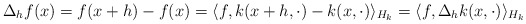
\begin{align*}\Delta_hf(x) = f(x+h)-f(x) = \langle f, k({x+h},\cdot) - k(x,\cdot)\rangle_{H_k} = \langle f, \Delta_h k(x,\cdot) \rangle_{H_k}\end{align*}